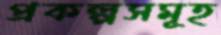
প্রকল্পসমূহ